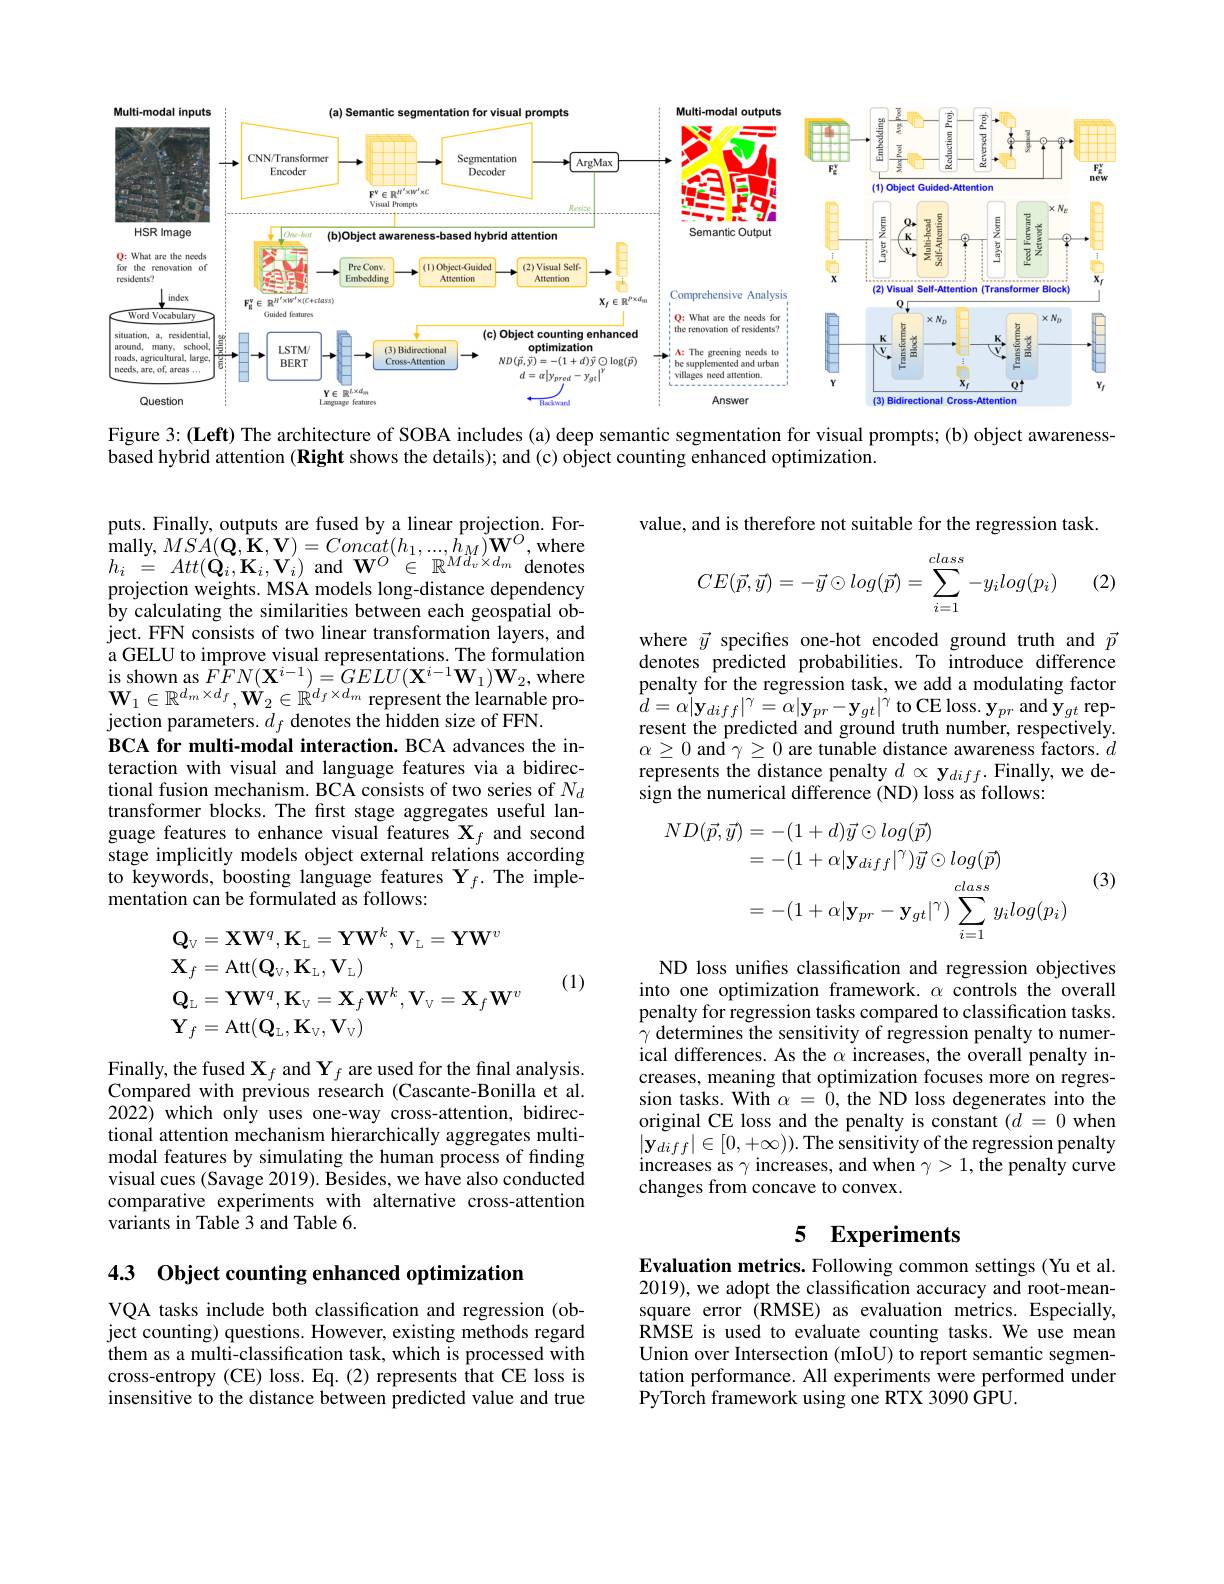
<FigureHere>

Figure 3:(Left) The architecture of SOBA includes (a) deep semantic segmentation for visual prompts; (b) object awareness-

based hybrid attention (Right shows the details); and (c) object counting enhanced optimization.

value, and is therefore not suitable for the regression task.
$$CE(\vec{p},\vec{y})=-\vec{y}\odot log(\vec{p})=\sum_{i=1}^{class}-y_ilog(p_i)$$
(2)

puts. Finally, outputs are fused by a linear projection. For- $\underset{l}{\operatorname*{\operatorname*{mally}}},MSA(\mathbf{Q},\mathbf{\hat{K}},\mathbf{V})=Conc\dot{at}(h_{1},...,\hat{h}_{M})\mathbf{W}^{O}$,where $h_{i}~\stackrel{\sim}{=}~Att(\stackrel{\sim}{\mathbf{Q}}_{i},\stackrel{\sim}{\mathbf{K}}_{i},\stackrel{\sim}{\mathbf{V}}_{i})~$and$\textbf{W}^{O}\overset {\wedge }{\operatorname* { \in } }$ $\mathbb{R} ^{^{\prime }M\ddot{d} _{v}^{^{\prime }}\times d_{m}} $denotes projection weights. MSA models long-distance dependency by calculating the similarities between each geospatial object. FFN consists of two linear transformation layers, and a GELU to improve visual representations. The formulation $\begin{array}{l}{\mathrm{is~shown~as~}FFN(\mathbf{X}^{i-1})=GELU(\mathbf{X}^{i-1}\mathbf{W}_{1})\mathbf{W}_{2},\mathrm{where}}\\{\mathbf{w}_{-}^{m}d\times d\cdot\mathbf{w}_{-}^{m}d\cdot d\cdot d\cdot d}\end{array}$ $\mathbf{W}_{1}\in\mathbb{R}^{d_{m}\times d_{f}},\mathbf{W}_{2}\in\mathbb{R}^{d_{f}\times d_{m}}$ represent the learnable projection parameters. $d_f$ denotes the hidden size of FFN.
BCA for multi-modal interaction. BCA advances the interaction with visual and language features via a bidirectional fusion mechanism. BCA consists of two series of $N_d$ transformer blocks. The first stage aggregates useful language features to enhance visual features $\mathbf{X}_f$ and second stage implicitly models object external relations according to keywords, boosting language features $\mathbf{Y}_f.$ The implementation can be formulated as follows:

where $\vec{y}$ specifies one-hot encoded ground truth and $\vec{p}$ denotes predicted probabilities. To introduce difference penalty for the regression task, we add a modulating factor $\tilde{d}=\dot{\alpha}|\mathbf{y}_{diff}|^{\gamma}=\alpha|\mathbf{y}_{pr}-\mathbf{y}_{gt}|^{\gamma}$ to CE loss. $\mathbf{y}_{pr}$ and $\tilde{\mathbf{y}}_{gt}$ represent the predicted and ground truth number, respectively. $\alpha\geq0$ and $\gamma\geq0$ are tunable distance awareness factors. $d$ represents the distance penalty $d\propto\mathbf{y}_{diff}.$Finally, we design the numerical difference (ND) loss as follows:

(3)
$$\begin{aligned}ND(\vec{p},\vec{y})&=-(1+d)\vec{y}\odot log(\vec{p})\\&=-(1+\alpha|\mathbf{y}_{diff}|^{\gamma})\vec{y}\odot log(\vec{p})\\&=-(1+\alpha|\mathbf{y}_{pr}-\mathbf{y}_{gt}|^{\gamma})\sum_{i=1}^{class}y_{i}log(p_{i})\end{aligned}$$
$$\begin{aligned}&\mathbf{Q}_{\mathrm{V}}=\mathbf{X}\mathbf{W}^{q},\mathbf{K}_{\mathrm{L}}=\mathbf{Y}\mathbf{W}^{k},\mathbf{V}_{\mathrm{L}}=\mathbf{Y}\mathbf{W}^{v}\\&\mathbf{X}_{f}=\mathrm{Att}(\mathbf{Q}_{\mathrm{V}},\mathbf{K}_{\mathrm{L}},\mathbf{V}_{\mathrm{L}})\\&\mathbf{Q}_{\mathrm{L}}=\mathbf{Y}\mathbf{W}^{q},\mathbf{K}_{\mathrm{V}}=\mathbf{X}_{f}\mathbf{W}^{k},\mathbf{V}_{\mathrm{V}}=\mathbf{X}_{f}\mathbf{W}^{v}\\&\mathbf{Y}_{f}=\mathrm{Att}(\mathbf{Q}_{\mathrm{L}},\mathbf{K}_{\mathrm{V}},\mathbf{V}_{\mathrm{V}})\end{aligned}$$
(1)

ND loss unifes classification and regression objectives into one optimization framework. $\alpha$ controls the overall penalty for regression tasks compared to classification tasks. $\gamma$ determines the sensitivity of regression penalty to numerical differences. As the $\alpha$ increases, the overall penalty increases, meaning that optimization focuses more on regression tasks. With $\alpha={\hat{0}}$, the ND loss degenerates into the original CE loss and the penalty is constant $(d=0$ when $|\tilde{\mathbf{y}}_{diff}|\in[0,+\infty)).$The sensitivity of the regression penalty increases as $\gamma$ increases, and when $\gamma>1$, the penalty curve changes from concave to convex.

Finally, the fused $\mathbf{X} _{f}$ and $\mathbf{Y}_f$ are used for the final analysis. Compared with previous research (Cascante-Bonilla et al. 2022) which only uses one-way cross-attention, bidirectional attention mechanism hierarchically aggregates multimodal features by simulating the human process of finding visual cues (Savage 2019). Besides, we have also conducted comparative experiments with alternative cross-attention variants in Table 3 and Table 6.

## 5 Experiments

4.3 Object counting enhanced optimization

Evaluation metrics. Following common settings (Yu et al. 2019), we adopt the classification accuracy and root-meansquare error (RMSE) as evaluation metrics. Especially, RMSE is used to evaluate counting tasks. We use mean Union over Intersection (mIoU) to report semantic segmentation performance. All experiments were performed under PyTorch framework using one RTX 3090 GPU.

VQA tasks include both classification and regression (object counting) questions. However, existing methods regard them as a multi-classification task, which is processed with cross-entropy (CE) loss. Eq.(2) represents that CE loss is insensitive to the distance between predicted value and true